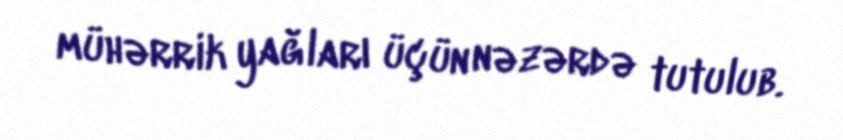
mühərrik yağları üçün nəzərdə tutulub.